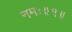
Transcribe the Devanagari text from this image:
नमः॥१॥